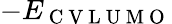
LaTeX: -E_{\mathrm{~C~V~L~U~M~O~}}